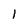
Character: l